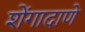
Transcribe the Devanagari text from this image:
शेंगादाणे